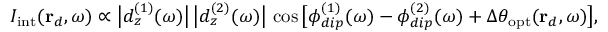
I _ { \mathrm { i n t } } ( \mathbf { r } _ { d } , \omega ) \propto \big \lvert d _ { z } ^ { ( 1 ) } ( \omega ) \big \rvert \, \big \lvert d _ { z } ^ { ( 2 ) } ( \omega ) \big \rvert \, \cos \big [ \phi _ { d i p } ^ { ( 1 ) } ( \omega ) - \phi _ { d i p } ^ { ( 2 ) } ( \omega ) + \Delta \theta _ { \mathrm { o p t } } ( \mathbf { r } _ { d } , \omega ) \big ] ,